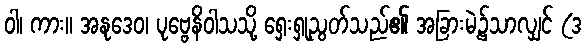
ဝါ၊ ကား။ အနုဒေဝ၊ ပုဗ္ဗေနိဝါသသို့ ရှေးရှုညွတ်သည်၏ အခြားမဲ့၌သာလျှင် (ဒ